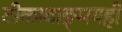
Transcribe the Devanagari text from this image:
टीकावाङ्‌मयही